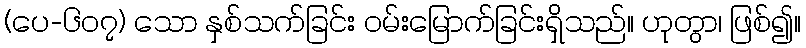
(ပေ-၆၀၇) သော နှစ်သက်ခြင်း ဝမ်းမြောက်ခြင်းရှိသည်။ ဟုတွာ၊ ဖြစ်၍။